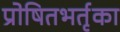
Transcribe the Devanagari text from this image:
प्रोषितभर्तृका